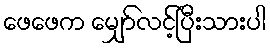
ဖေဖေက မျှော်လင့်ပြီးသားပါ